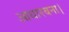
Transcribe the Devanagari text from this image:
आधारबना।